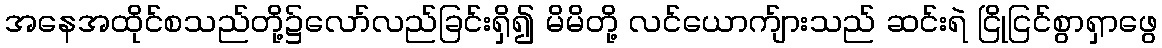
အနေအထိုင်စသည်တို့၌လော်လည်ခြင်းရှိ၍ မိမိတို့ လင်ယောက်ျားသည် ဆင်းရဲ ငြိုငြင်စွာရှာဖွေ